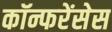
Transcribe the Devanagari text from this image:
कॉन्फरेंसेस